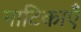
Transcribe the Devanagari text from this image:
नाटिकाएँ